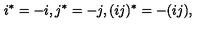
i ^ { * } = - i , j ^ { * } = - j , ( i j ) ^ { * } = - ( i j ) ,